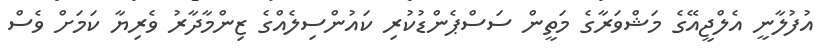
އުފުލާނީ އެލްޖީއޭގެ މަޝްވަރާގެ މަތީން ސަސްޕެންޑުކުރި ކައުންސިލެއްގެ ޒިންމާދާރު ވެރިޔާ ކަމަށް ވެސް